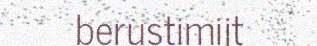
berustimijt